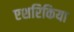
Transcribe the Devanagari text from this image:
एशरिकिया